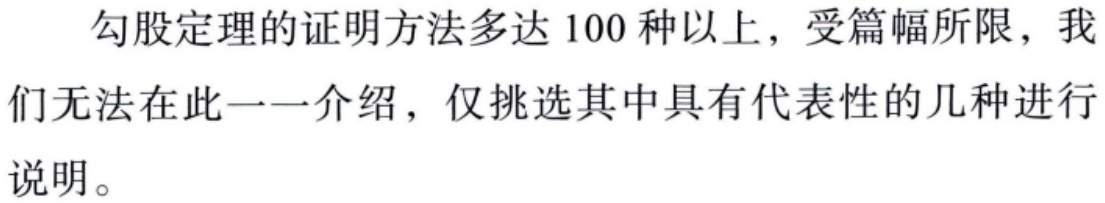
勾股定理的证明方法多达 100 种以上，受篇幅所限，我们无法在此一一介绍，仅挑选其中具有代表性的几种进行说明。